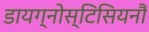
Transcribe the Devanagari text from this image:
डायग्नोस्टिसियनौं